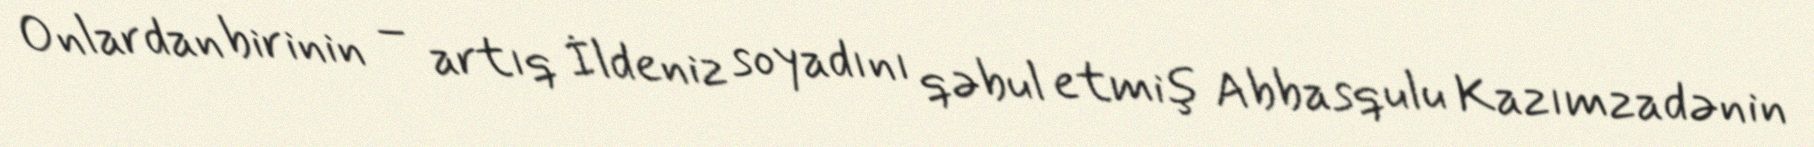
Onlardan birinin – artıq İldeniz soyadını qəbul etmiş Abbasqulu Kazımzadənin